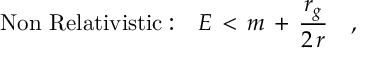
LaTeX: \mathrm { N o n ~ R e l a t i v i s t i c : } \quad E \, < \, m \, + \, { \frac { r _ { g } } { 2 \, r } } \quad ,